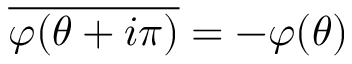
\overline { { { \varphi ( \theta + i \pi ) } } } = - \varphi ( \theta )